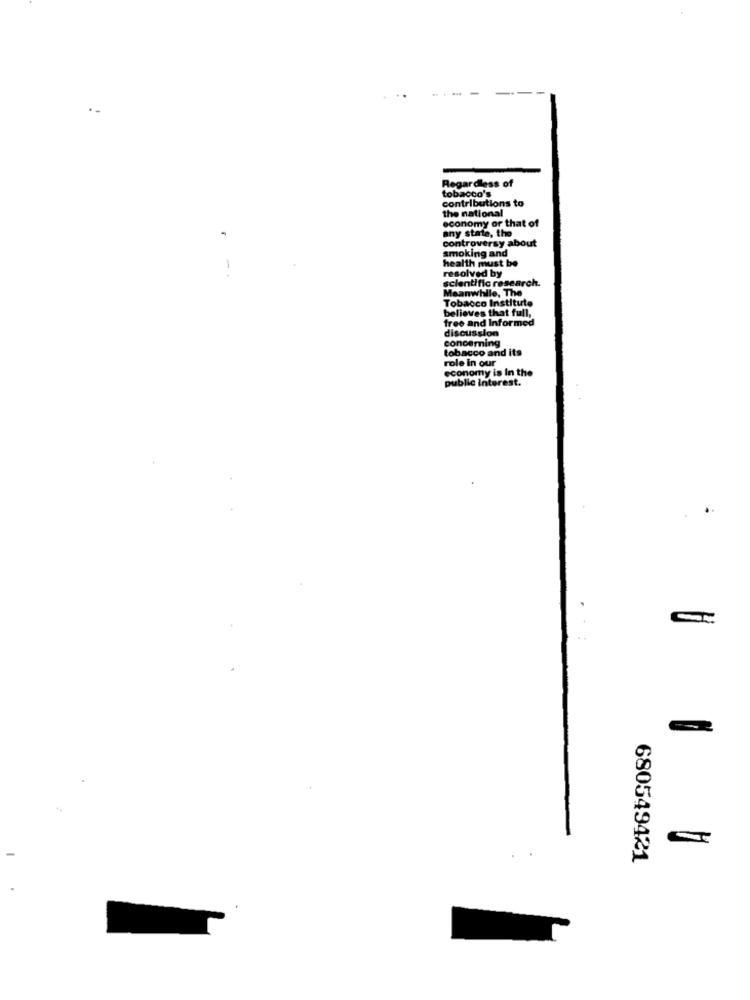
Regardless of
tobacco's
contributions to
the national
economy or that of
any state, the
controversy about
smoking and
health must be
resolved by
scientific research.
Meanwhile, The
Tobacco Instituto
believes that full,
free and Informed
discussion
concerning
tobacco and its
role in our
economy is In the
public interest.
680549421